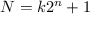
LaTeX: N = k 2 ^ { n } + 1